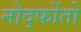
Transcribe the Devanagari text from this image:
नोर्द्फोतो